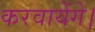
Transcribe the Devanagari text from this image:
करवायेंगे।